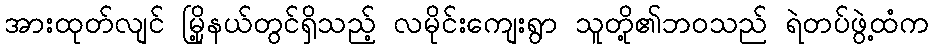
အားထုတ်လျင် မြို့နယ်တွင်ရှိသည့် လမိုင်းကျေးရွာ သူတို့၏ဘဝသည် ရဲတပ်ဖွဲ့ထံက